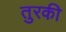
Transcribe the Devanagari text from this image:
तुरकी